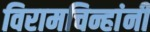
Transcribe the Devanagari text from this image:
विरामचिन्हांनी